Annual administration report of the Civil Veterinary Department, Ajmere-Merwara, British Rajputana - 1914-1940
Year: 1914
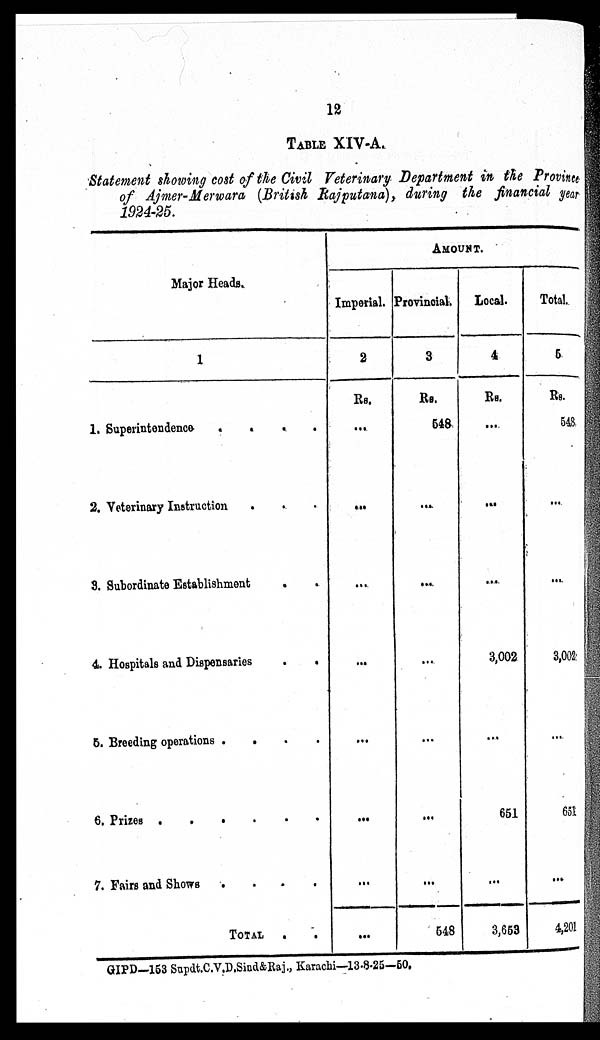
12
TABLE XIV-A.
Statement showing cost of the Civil Veterinary Department in the Province
of Ajmer-Merwara (British Rajputana), during the financial year
1924-25.
Major Heads.
1
1. Superintendence . . . . . .
2. Veterinary Instruction
. . . .
3. Subordinate Establishment . .
4. Hospitals and Dispensaries
.
.
5. Breeding operations .
.
.
.
6. Prizes .
.
.
.
.
.
7. Fairs and Shows
.
.
.
.
TOTAL . .
AMOUNT.
Imperial.
2
Rs.
...
...
...
...
...
...
...
...
Provincial.
3
Rs.
548
...
...
...
...
...
...
548
Local.
4
Rs.
...
...
...
3,002
...
651
...
3,653
Total.
5
Rs.
548
...
...
3,002
...
651
...
4,201
GIPD—153 Supdt.C.V.D.Sind&Raj., Karachi—13-8-25—50.